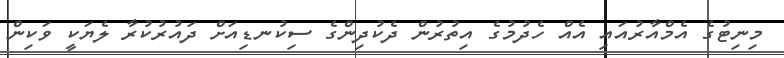
މިނިޓުގެ އެމްއާރުއައި އެއް ހެދުމުގެ އިތުރުން ދެކުދިންގެ ސިކުނޑިއަށް ދައުރުކުރާ ލެޔަކީ ވަކިން